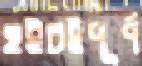
হইচইপূর্ণ